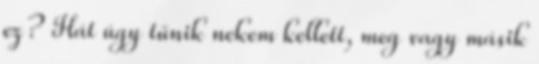
ez? Hát úgy tűnik nekem kellett, meg vagy másik